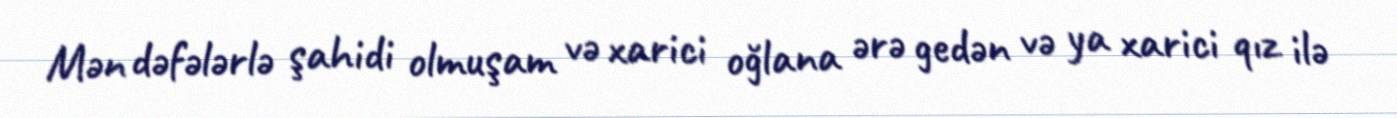
Mən dəfələrlə şahidi olmuşam və xarici oğlana ərə gedən və ya xarici qız ilə